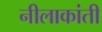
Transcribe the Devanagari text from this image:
नीलाकांती